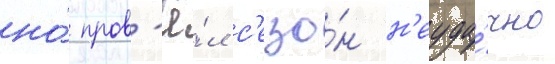
но́ пров'ё́л с'езо́н н'еуда́чно